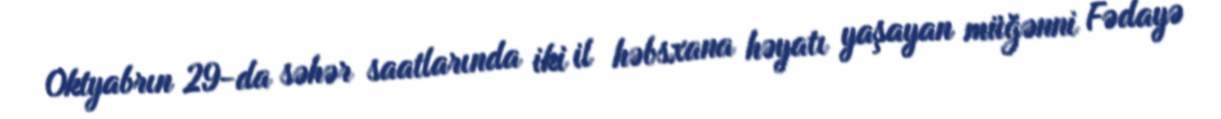
Oktyabrın 29-da səhər saatlarında iki il həbsxana həyatı yaşayan müğənni Fədayə